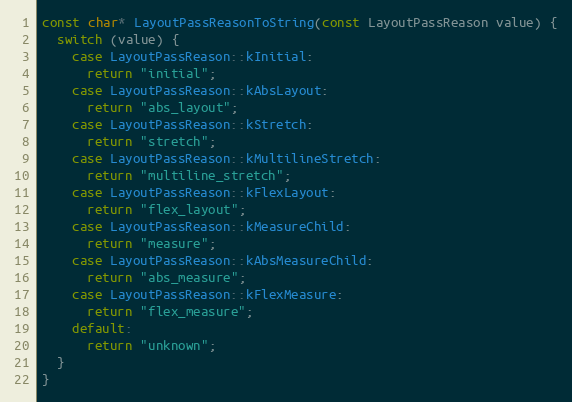
Language: C++
const char* LayoutPassReasonToString(const LayoutPassReason value) {
  switch (value) {
    case LayoutPassReason::kInitial:
      return "initial";
    case LayoutPassReason::kAbsLayout:
      return "abs_layout";
    case LayoutPassReason::kStretch:
      return "stretch";
    case LayoutPassReason::kMultilineStretch:
      return "multiline_stretch";
    case LayoutPassReason::kFlexLayout:
      return "flex_layout";
    case LayoutPassReason::kMeasureChild:
      return "measure";
    case LayoutPassReason::kAbsMeasureChild:
      return "abs_measure";
    case LayoutPassReason::kFlexMeasure:
      return "flex_measure";
    default:
      return "unknown";
  }
}